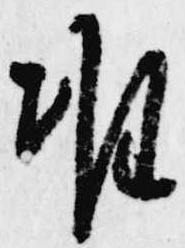
准